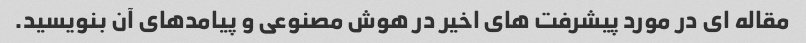
مقاله ای در مورد پیشرفت های اخیر در هوش مصنوعی و پیامدهای آن بنویسید.